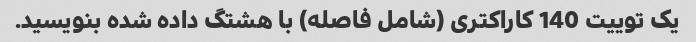
یک توییت 140 کاراکتری (شامل فاصله) با هشتگ داده شده بنویسید.